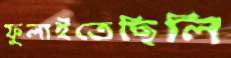
ফুলাইতেছিলি